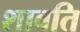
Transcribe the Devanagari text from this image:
शावति